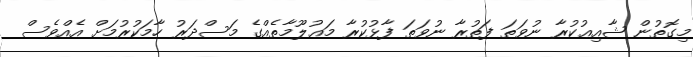
މިގޮތުން ޝާއިޢުކުރާ ނުވަތަ ފަތުރާ ނުވަތަ ފާޅުކުރާ މަޢުލޫމާތެއްގެ މަސްދަރު ހާމަކުރުމަށް އެއްވެސް